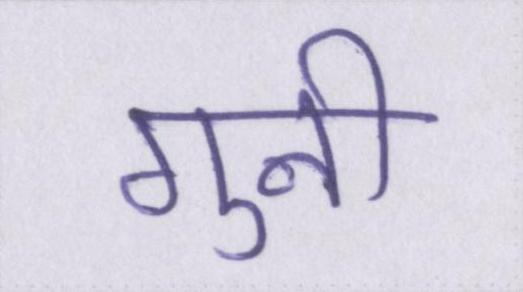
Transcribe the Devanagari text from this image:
गुनी